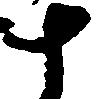
十